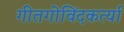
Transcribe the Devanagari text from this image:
गीतगोविंदकर्त्या